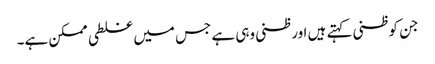
جن کو ظنی کہتے ہیں اور ظنی وہی ہے جس میں غلطی ممکن ہے۔